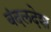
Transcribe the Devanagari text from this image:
बंदलदेश